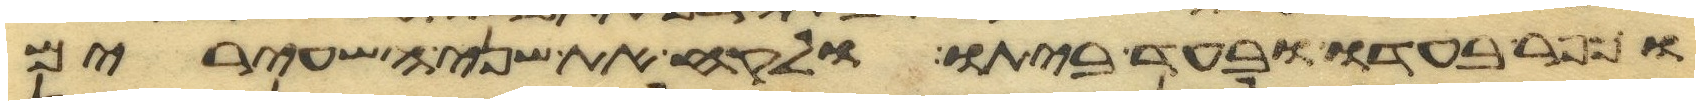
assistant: וכפר בעדו ובעד ביתו ולקח את שני השעירים